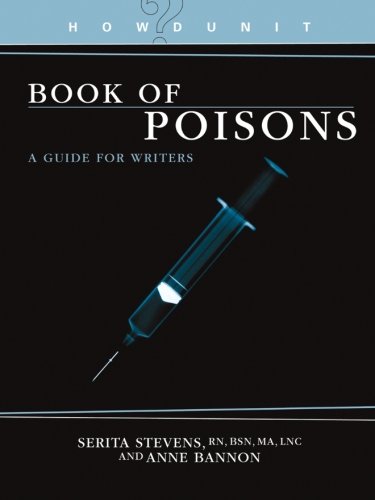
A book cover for HowDunit - The Book of Poisons; Serita Stevens; Mystery, Thriller & Suspense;